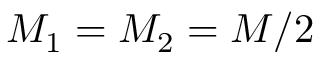
M _ { 1 } = M _ { 2 } = M / 2